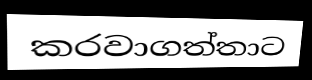
කරවාගත්තාට